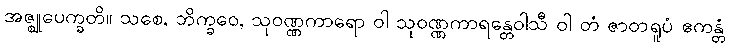
အဇ္ဈုပေက္ခတိ။ သစေ, ဘိက္ခဝေ, သုဝဏ္ဏကာရော ဝါ သုဝဏ္ဏကာရန္တေဝါသီ ဝါ တံ ဇာတရူပံ ဧကန္တံ